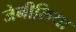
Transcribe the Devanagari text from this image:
जेनीलिया